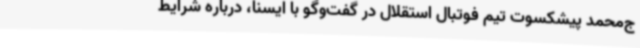
ج‌محمد پیشکسوت تیم فوتبال استقلال در گفت‌وگو با ایسنا، درباره شرایط